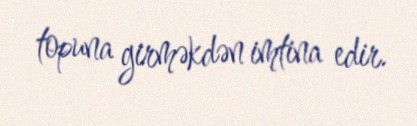
topuna girməkdən imtina edir.